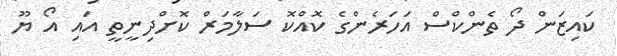
ކައިޒަން ދޯ ތެންކްސް އަހަރެންގެ ކޮއްކޮ ސަލާމަރް ކޮށްދިނީތީ އައި އޯ ޔޫ